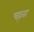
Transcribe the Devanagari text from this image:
चह्ता